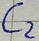
Text: C2